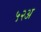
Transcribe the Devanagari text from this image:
५२अ